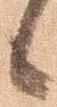
候